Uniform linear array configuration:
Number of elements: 48
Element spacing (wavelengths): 1
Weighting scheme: kaiser
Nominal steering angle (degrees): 60
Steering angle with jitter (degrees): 58.779
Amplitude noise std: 0.05
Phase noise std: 0.05

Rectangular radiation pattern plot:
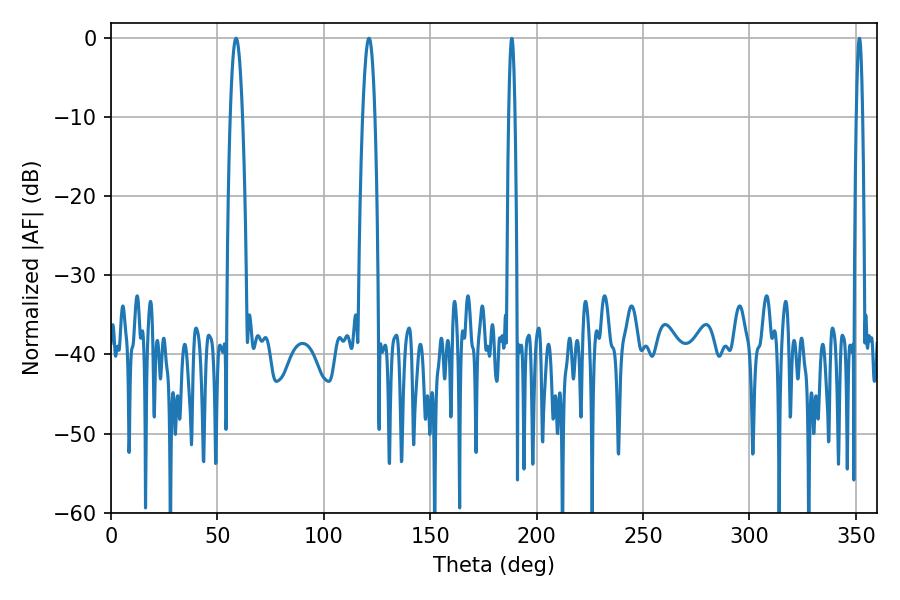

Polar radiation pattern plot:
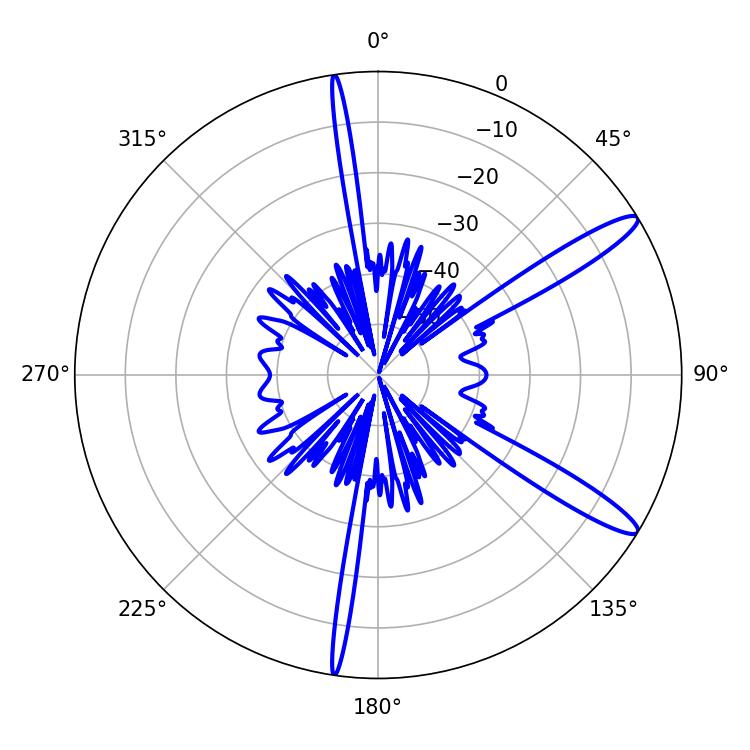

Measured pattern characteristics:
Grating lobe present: TRUE
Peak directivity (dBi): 13.276
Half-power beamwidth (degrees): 3.06
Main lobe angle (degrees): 58.86